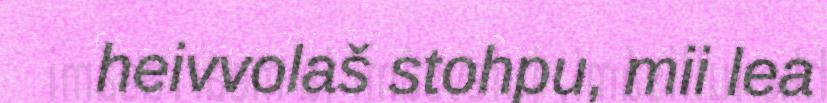
heivvolaš stohpu, mii lea